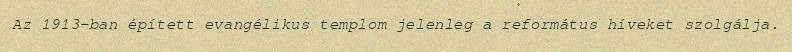
Az 1913-ban épített evangélikus templom jelenleg a református híveket szolgálja.